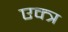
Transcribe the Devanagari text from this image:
एक्त्र